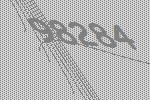
98284